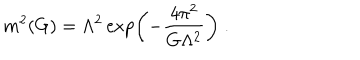
LaTeX: m ^ { 2 } ( G ) = \Lambda ^ { 2 } \exp \left( - \frac { 4 \pi ^ { 2 } } { G \Lambda ^ { 2 } } \right) \; .